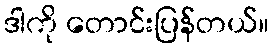
ဒါကို တောင်းပြန်တယ်။